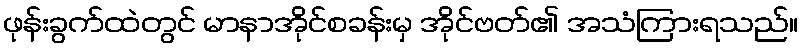
ဖုန်းခွက်ထဲတွင် မာနာအိုင်စခန်းမှ အိုင်ဗတ်၏ အသံကြားရသည်။